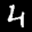
Label: 4